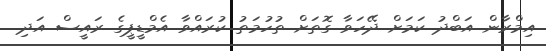
އިމްރާން އަބްދު ކަމަށް ދޭހަވާ ގޮތަށް ތުހުމަތު ކުރައްވާ އެމްޑީޕީގެ ރައީސް އަދި